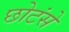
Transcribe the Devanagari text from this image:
छोटंसे